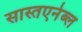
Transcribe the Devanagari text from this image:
सास्तएनेब्ल